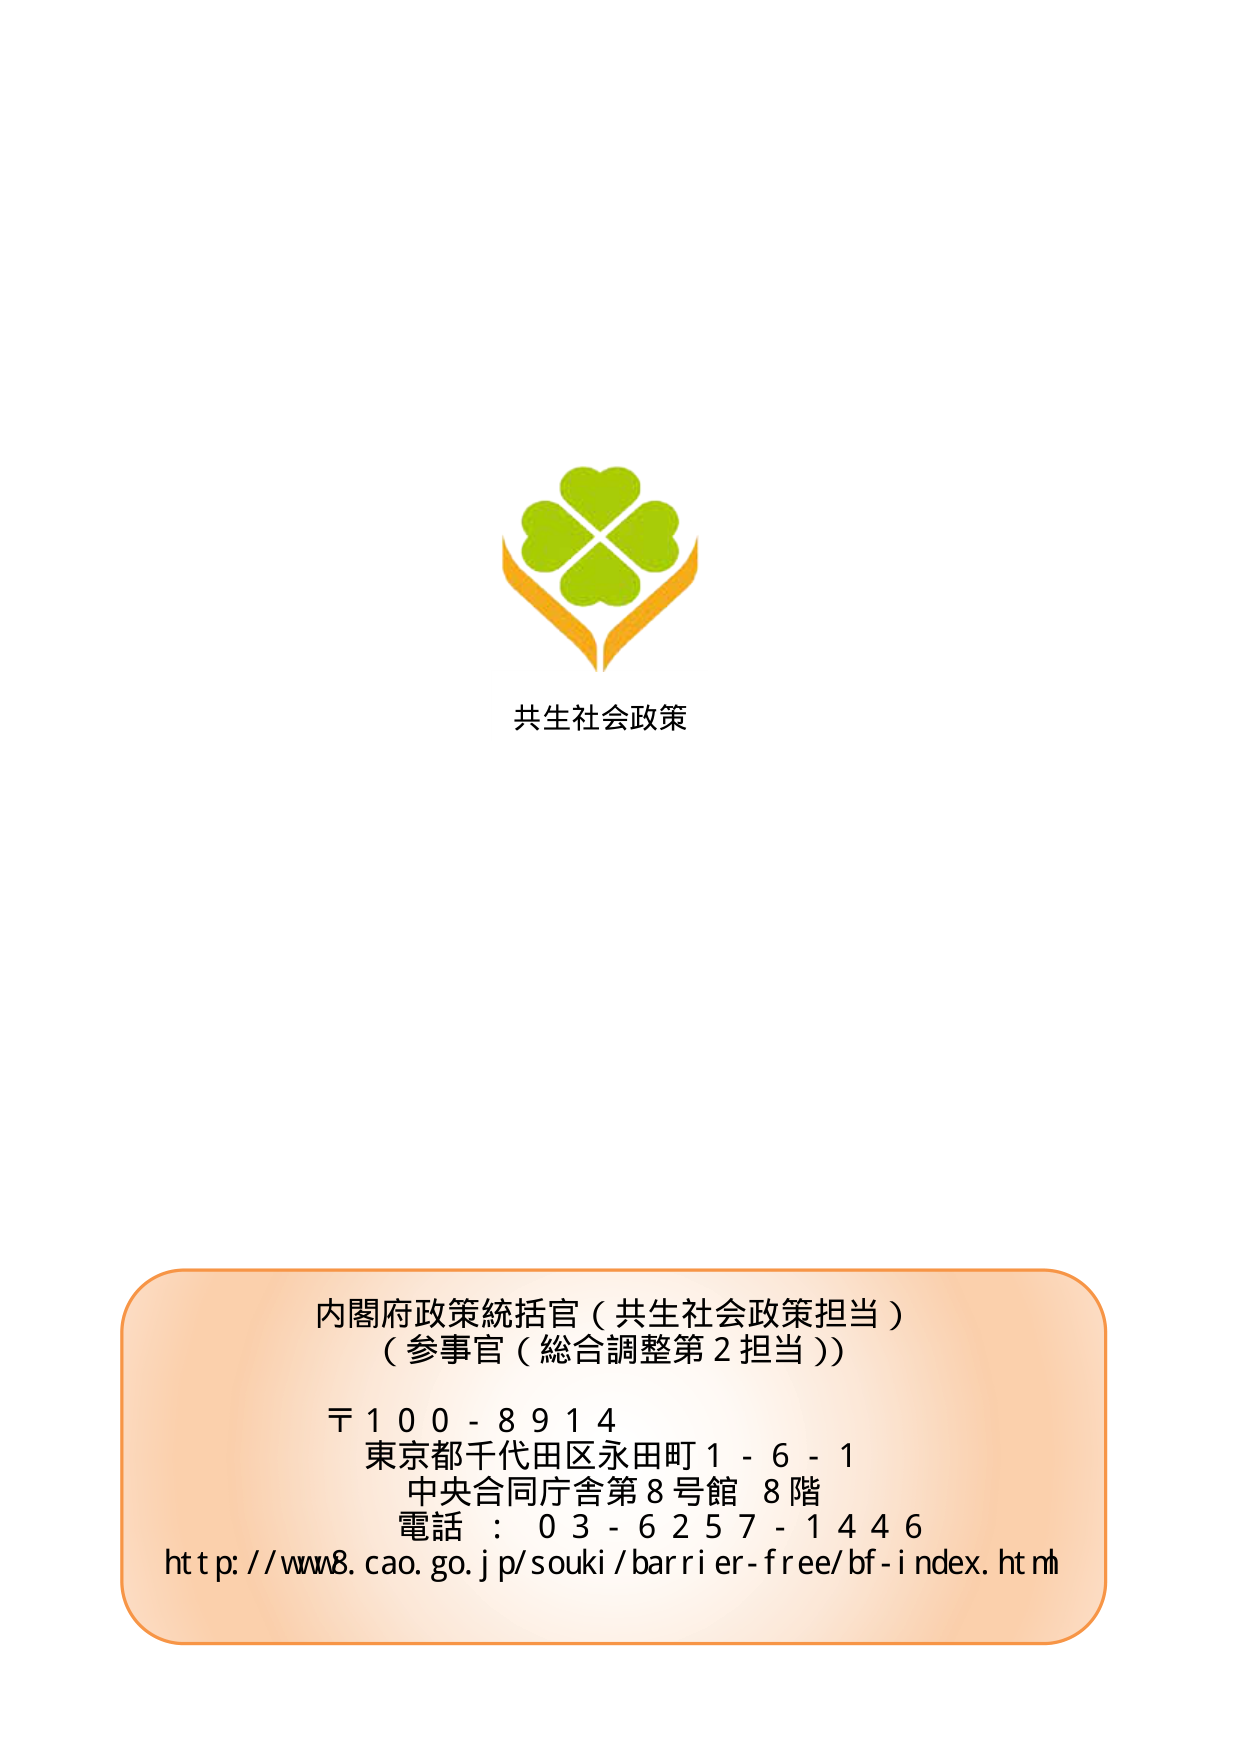
共生社会政策

内閣府政策統括官（共生社会政策担当）
（参事官（総合調整第2担当））

〒100-8914
東京都千代田区永田町1-6-1
中央合同庁舎第8号館 8階
電話：03-6257-1446
http://www8.cao.go.jp/souki/barrier-free/bf-index.html